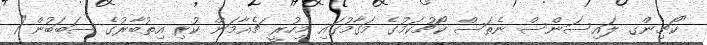
"ކޯޗިންގ ލައިސަންސް ނެތަސް ކޯޗުކަމުގެ މަގާމުގައި މިހުރީ ޗެއާމަން ކުރި އިތުބާރުގެ ސަބަބުން"1